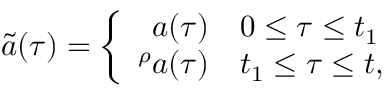
\tilde { a } ( \tau ) = \left\{ \begin{array} { r l } { { a ( \tau ) } } & { { 0 \leq \tau \leq t _ { 1 } } } \\ { { { } ^ { \rho } a ( \tau ) } } & { { t _ { 1 } \leq \tau \leq t , } } \end{array} \right.